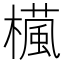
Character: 𣜳